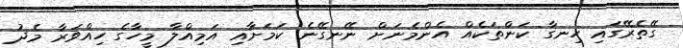
ގޭތެރޭގައި ހިނގާ ކަންތަކެއް އެންމެނަށް ނޭނގޭނެ ކަމަށާއި އަމިއްލާ މީހާގެ ހިއްވަރާ މެދު